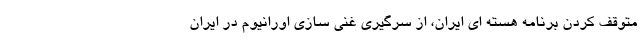
متوقف کردن برنامه هسته ای ایران، از سرگيري غني سازي اورانيوم در ايران